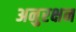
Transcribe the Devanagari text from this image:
अनुरक्षन